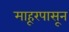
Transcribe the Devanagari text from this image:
माहूरपासून